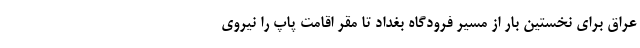
عراق برای نخستین بار از مسیر فرودگاه بغداد تا مقر اقامت پاپ را نیروی